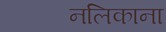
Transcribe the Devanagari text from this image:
नलिकाना